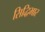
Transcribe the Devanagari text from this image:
सिद्धिभार